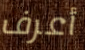
أعرف